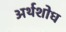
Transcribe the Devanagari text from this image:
अर्थशोध